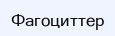
Фагоциттер